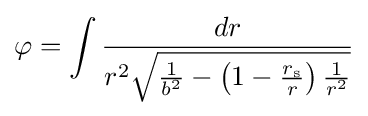
\varphi =\int {\frac {dr}{r^{2}{\sqrt {{\frac {1}{b^{2}}}-\left(1-{\frac {r_{\text{s}}}{r}}\right){\frac {1}{r^{2}}}}}}}